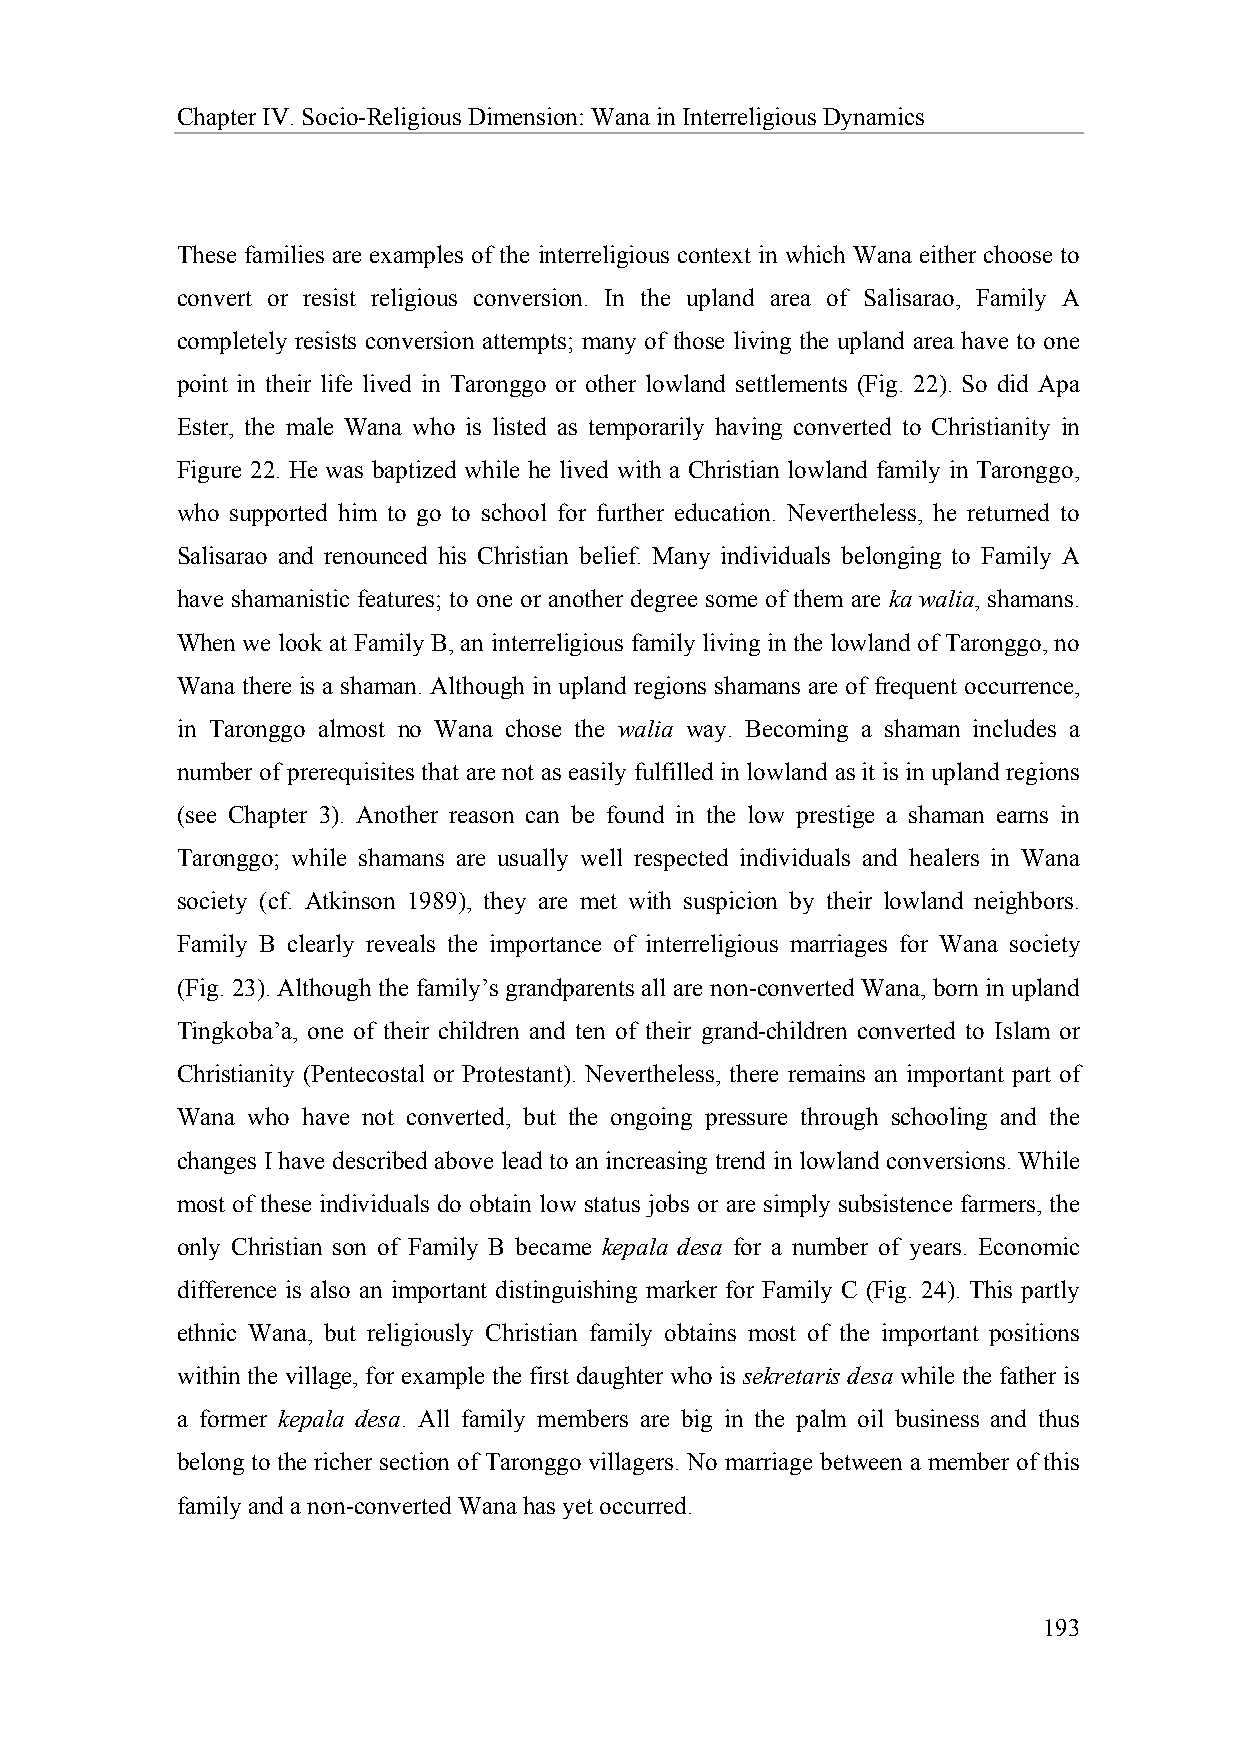
Chapter IV. Socio-Religious Dimension: Wana in Interreligious Dynamics
 These families are examples of the interreligious context in which Wana either choose to
 convert or resist religious conversion. In the upland area of Salisarao, Family A
 completely resists conversion attempts; many of those living the upland area have to one
 point in their life lived in Taronggo or other lowland settlements (Fig. 22). So did Apa
 Ester, the male Wana who is listed as temporarily having converted to Christianity in
 Figure 22. He was baptized while he lived with a Christian lowland family in Taronggo,
 who supported him to go to school for further education. Nevertheless, he returned to
 Salisarao and renounced his Christian belief. Many individuals belonging to Family A
 have shamanistic features; to one or another degree some of them are ka walia, shamans.
 When we look at Family B, an interreligious family living in the lowland of Taronggo, no
 Wana there is a shaman. Although in upland regions shamans are of frequent occurrence,
 in Taronggo almost no Wana chose the walia way. Becoming a shaman includes a
 number of prerequisites that are not as easily fulfilled in lowland as it is in upland regions
 (see Chapter 3). Another reason can be found in the low prestige a shaman earns in
 Taronggo; while shamans are usually well respected individuals and healers in Wana
 society (cf. Atkinson 1989), they are met with suspicion by their lowland neighbors.
 Family B clearly reveals the importance of interreligious marriages for Wana society
 (Fig. 23). Although the family’s grandparents all are non-converted Wana, born in upland
 Tingkoba’a, one of their children and ten of their grand-children converted to Islam or
 Christianity (Pentecostal or Protestant). Nevertheless, there remains an important part of
 Wana who have not converted, but the ongoing pressure through schooling and the
 changes I have described above lead to an increasing trend in lowland conversions. While
 most of these individuals do obtain low status jobs or are simply subsistence farmers, the
 only Christian son of Family B became kepala desa for a number of years. Economic
 difference is also an important distinguishing marker for Family C (Fig. 24). This partly
 ethnic Wana, but religiously Christian family obtains most of the important positions
 within the village, for example the first daughter who is sekretaris desa while the father is
 a former kepala desa. All family members are big in the palm oil business and thus
 belong to the richer section of Taronggo villagers. No marriage between a member of this
 family and a non-converted Wana has yet occurred.
 193